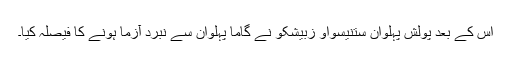
اس کے بعد پولش پہلوان ستنیسواو زبیشکو نے گاما پہلوان سے نبرد آزما ہونے کا فیصلہ کیا۔